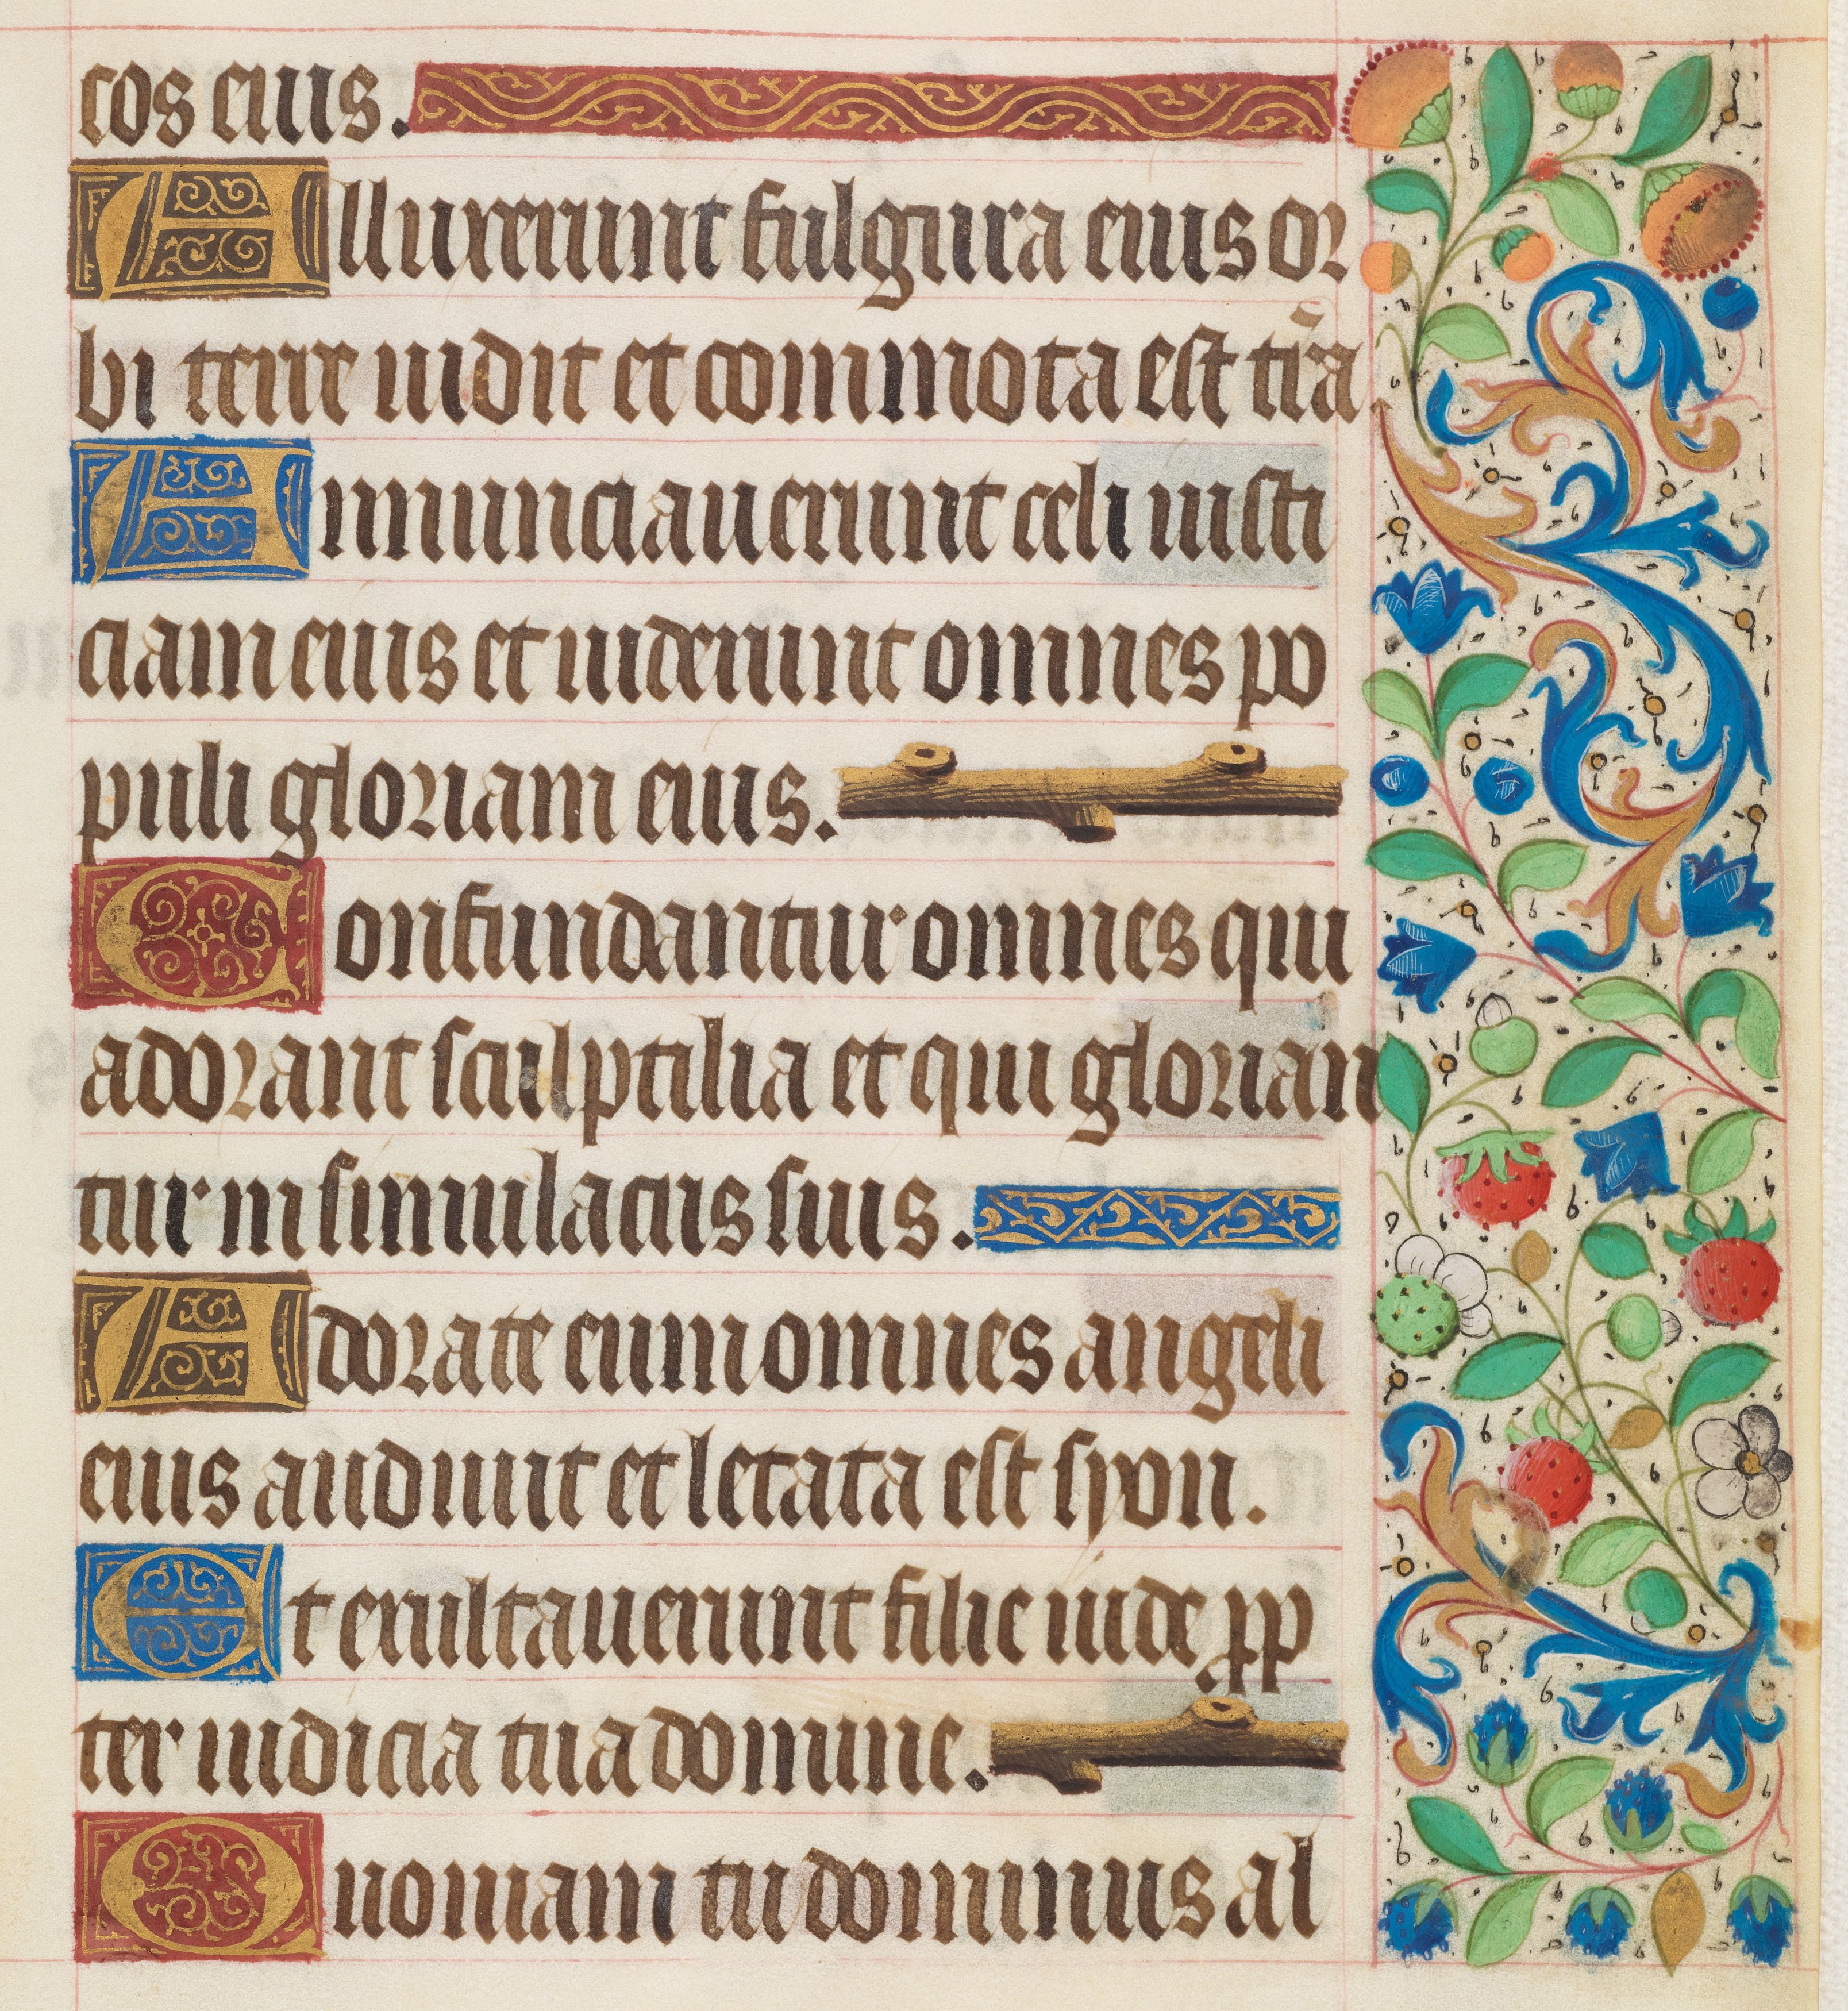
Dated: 1425–1449